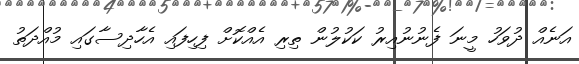
އަނެއް ދުވަހު މީނަ ފެނުނުއިރު ކަކުލުން ތިރި އެއްކޮށް ފިހިފައި އެހާދިސާގައި މުއްދަތު